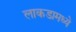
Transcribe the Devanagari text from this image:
लाकडामध्ये